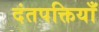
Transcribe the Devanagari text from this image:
दंतपक्तियाँ